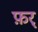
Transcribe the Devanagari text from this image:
फ़र्